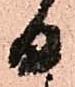
日